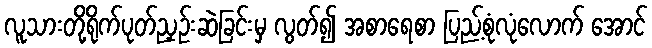
လူသားတို့ရိုက်ပုတ်ညှဉ်းဆဲခြင်းမှ လွတ်၍ အစာရေစာ ပြည့်စုံလုံလောက် အောင်